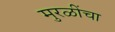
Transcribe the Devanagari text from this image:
मुरळींचा